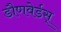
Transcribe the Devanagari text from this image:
डौणवेर्डस्